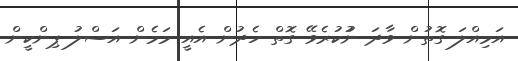
އަމިއްލަ ގޮތުން ވާދަ ނުުކުރެވޭ ގޮތް ހެދުން އެއީ މަމެން އަސްލު ޕިންކީން